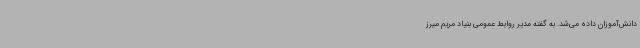
دانش‌آموزان داده می‌شد. به گفته‌ مدیر روابط عمومی بنیاد مریم میرز